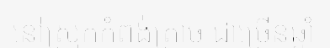
នៅស្រុកកំពង់ត្រាច ជាច្រើនឆ្នាំ